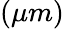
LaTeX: (\mu m)